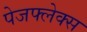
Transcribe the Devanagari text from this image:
पेजफ्लेक्स